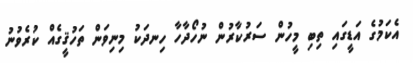
އެކަމުގެ އަޑީގައި ތިބި މީހުން ސަރުކާރުން ނުހޯދާހާ ހިނދަކު މިނިވަން ތަހުޤީގެއް ކުރެވުނު